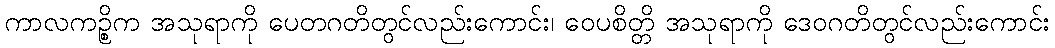
ကာလကဉ္စိက အသုရာကို ပေတဂတိတွင်လည်းကောင်း၊ ဝေပစိတ္တိ အသုရာကို ဒေဝဂတိတွင်လည်းကောင်း